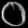
Digit: ၀